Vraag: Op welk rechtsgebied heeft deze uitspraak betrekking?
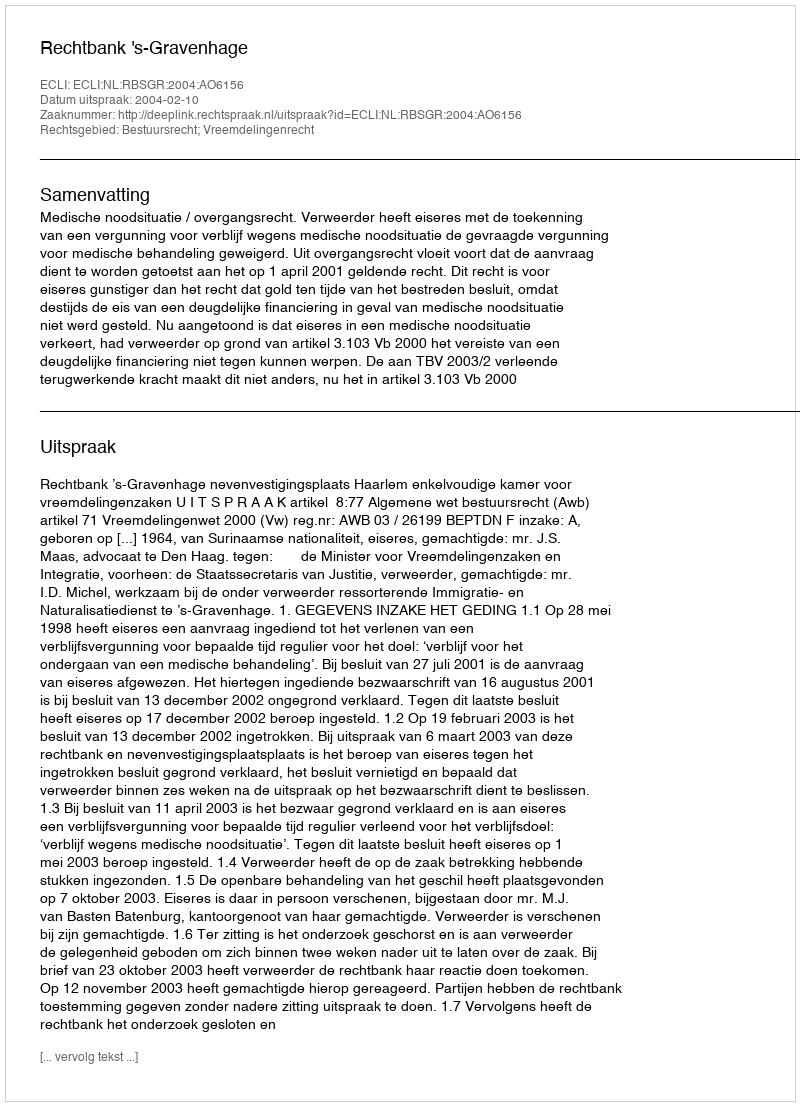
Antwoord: Bestuursrecht; Vreemdelingenrecht